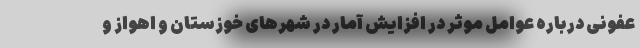
عفونی درباره عوامل موثر در افزایش آمار در شهرهای خوزستان و اهواز و